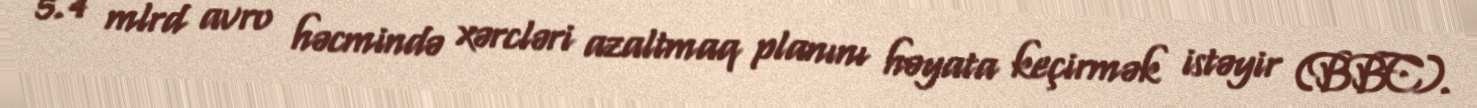
5.4 mlrd avro həcmində xərcləri azaltmaq planını həyata keçirmək istəyir (BBC).